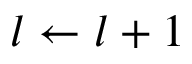
l \leftarrow l + 1